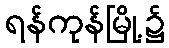
ရန်ကုန်မြို့၌